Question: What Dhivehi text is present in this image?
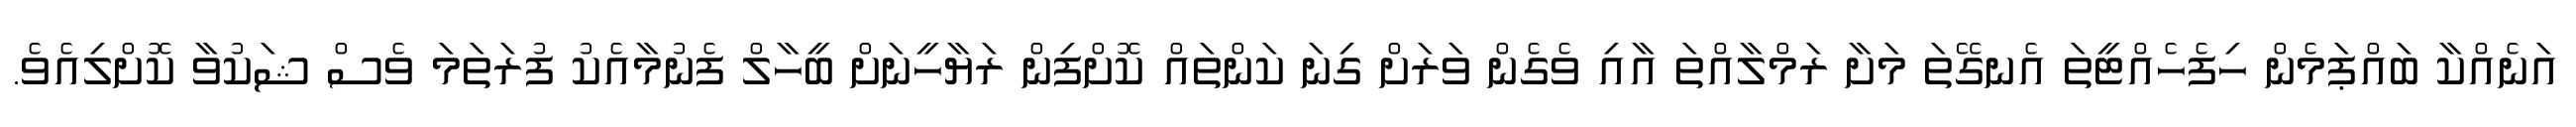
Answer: އަނެއްކާ ބައްޕަމެން ހިފެހެއްޓީތަ އެނގޭތަ މަށާ ރަމްލާއްތަ އާއި ވެގެން ވަރަށް ގިނަ ކަންތައް ކޮށްފިން ރަޔާހީނަށް ބީހާލް ފެނުމާއެކު ފުރަތަމަ ވެސް ޝަކުވާ ކޮށްލިއެވެ.